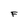
Character: F